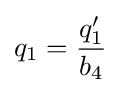
q_{1}={\dfrac {q_{1}'}{b_{4}}}